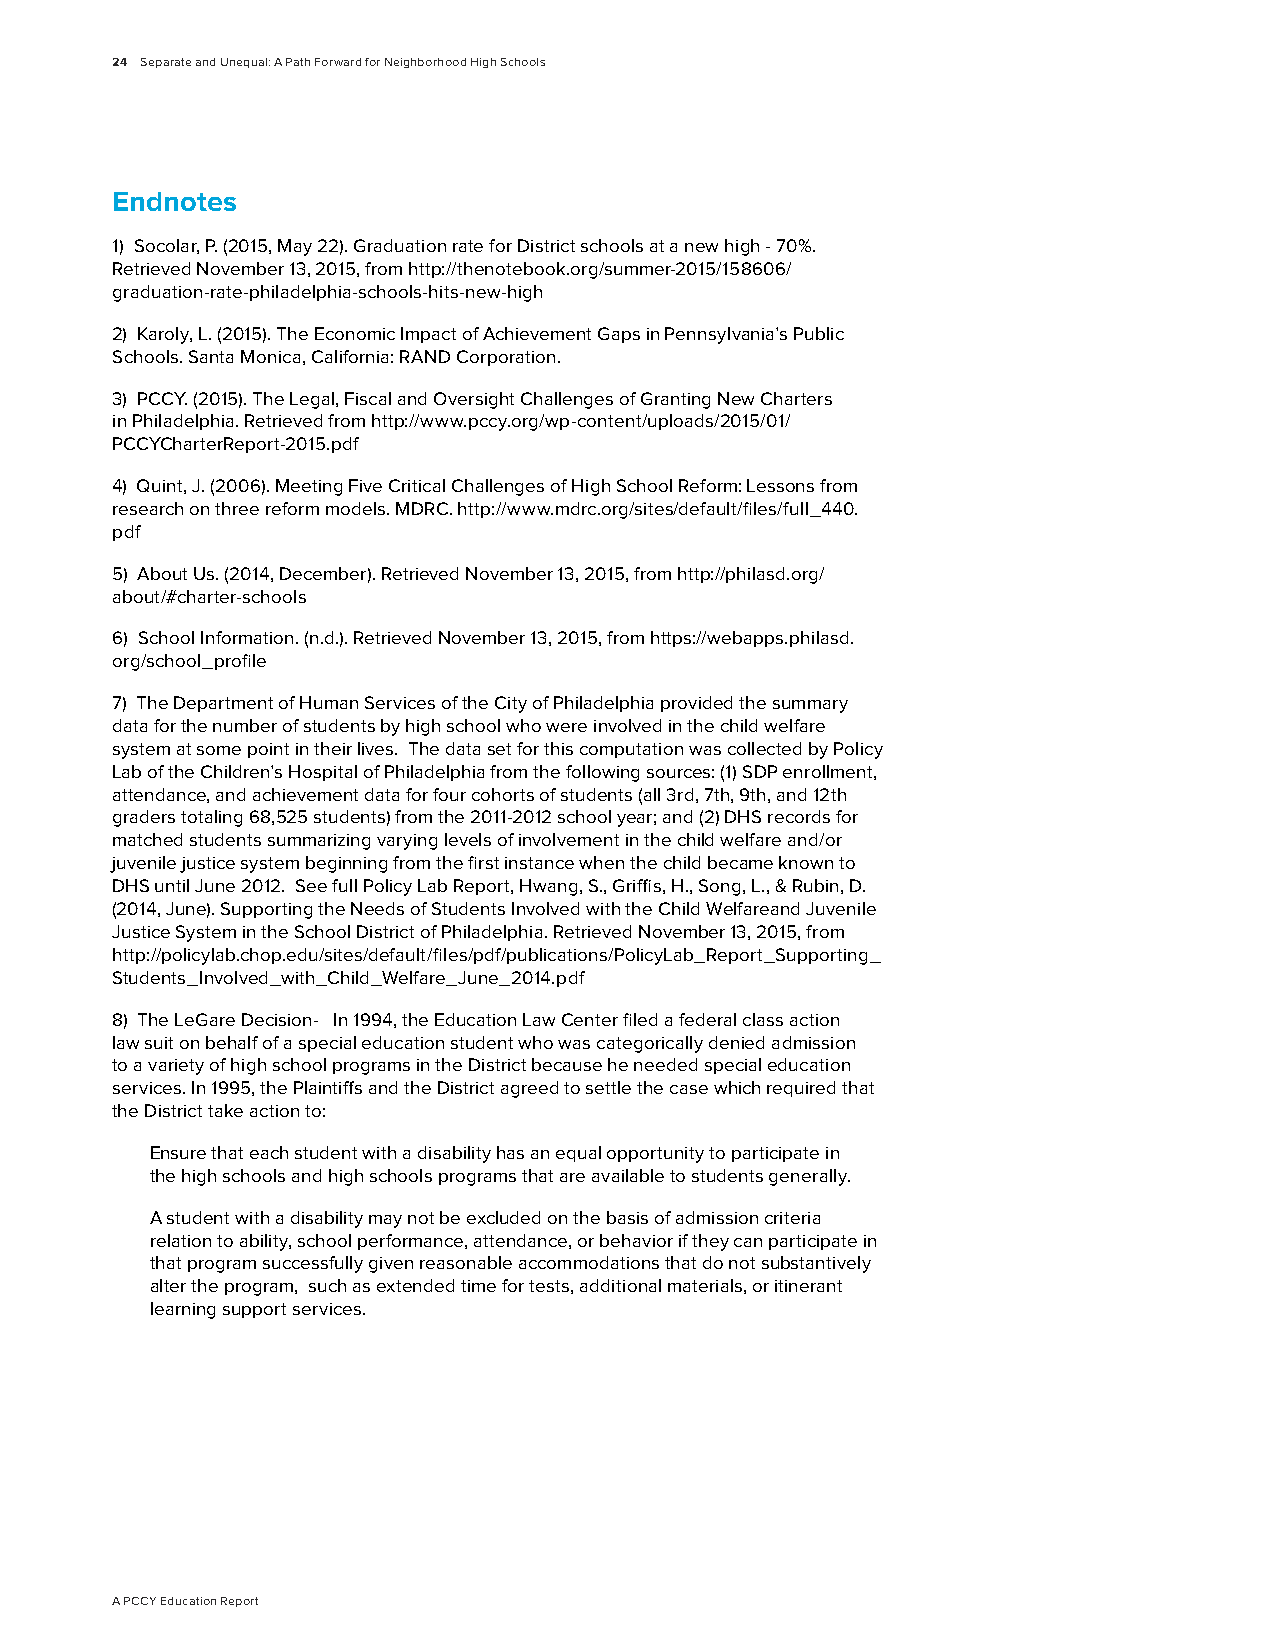
24 Separate and Unequal: A Path Forward for Neighborhood High Schools
 Endnotes
 1) Socolar, P. (2015, May 22). Graduation rate for District schools at a new high - 70%.
 Retrieved November 13, 2015, from http://thenotebook.org/summer-2015/158606/
 graduation-rate-philadelphia-schools-hits-new-high
 2) Karoly, L. (2015). The Economic Impact of Achievement Gaps in Pennsylvania’s Public
 Schools. Santa Monica, California: RAND Corporation.
 3) PCCY. (2015). The Legal, Fiscal and Oversight Challenges of Granting New Charters
 in Philadelphia. Retrieved from http://www.pccy.org/wp-content/uploads/2015/01/
 PCCYCharterReport-2015.pdf
 4) Quint, J. (2006). Meeting Five Critical Challenges of High School Reform: Lessons from
 research on three reform models. MDRC. http://www.mdrc.org/sites/default/files/full_440.
 pdf
 5) About Us. (2014, December). Retrieved November 13, 2015, from http://philasd.org/
 about/#charter-schools
 6) School Information. (n.d.). Retrieved November 13, 2015, from https://webapps.philasd.
 org/school_profile
 7) The Department of Human Services of the City of Philadelphia provided the summary
 data for the number of students by high school who were involved in the child welfare
 system at some point in their lives. The data set for this computation was collected by Policy
 Lab of the Children’s Hospital of Philadelphia from the following sources: (1) SDP enrollment,
 attendance, and achievement data for four cohorts of students (all 3rd, 7th, 9th, and 12th
 graders totaling 68,525 students) from the 2011-2012 school year; and (2) DHS records for
 matched students summarizing varying levels of involvement in the child welfare and/or
 juvenile justice system beginning from the first instance when the child became known to
 DHS until June 2012. See full Policy Lab Report, Hwang, S., Griffis, H., Song, L., & Rubin, D.
 (2014, June). Supporting the Needs of Students Involved with the Child Welfareand Juvenile
 Justice System in the School District of Philadelphia. Retrieved November 13, 2015, from
 http://policylab.chop.edu/sites/default/files/pdf/publications/PolicyLab_Report_Supporting_
 Students_Involved_with_Child_Welfare_June_2014.pdf
 8) The LeGare Decision- In 1994, the Education Law Center filed a federal class action
 law suit on behalf of a special education student who was categorically denied admission
 to a variety of high school programs in the District because he needed special education
 services. In 1995, the Plaintiffs and the District agreed to settle the case which required that
 the District take action to:
 Ensure that each student with a disability has an equal opportunity to participate in
 the high schools and high schools programs that are available to students generally.
 A student with a disability may not be excluded on the basis of admission criteria
 relation to ability, school performance, attendance, or behavior if they can participate in
 that program successfully given reasonable accommodations that do not substantively
 alter the program, such as extended time for tests, additional materials, or itinerant
 learning support services.
 A PCCY Education Report